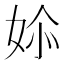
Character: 㛋